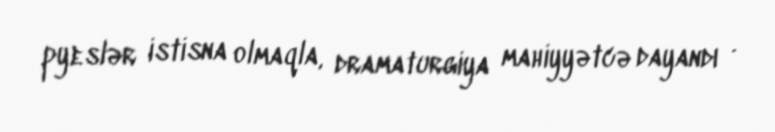
pyeslər istisna olmaqla, dramaturgiya mahiyyətcə dayandı .